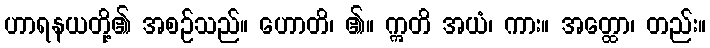
ဟာရနယတို့၏ အစဉ်သည်။ ဟောတိ၊ ၏။ ဣတိ အယံ၊ ကား။ အတ္ထော၊ တည်း။